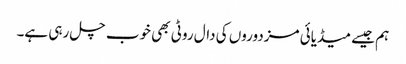
ہم جیسے میڈیائی مزدوروں کی دال روٹی بھی خوب چل رہی ہے۔